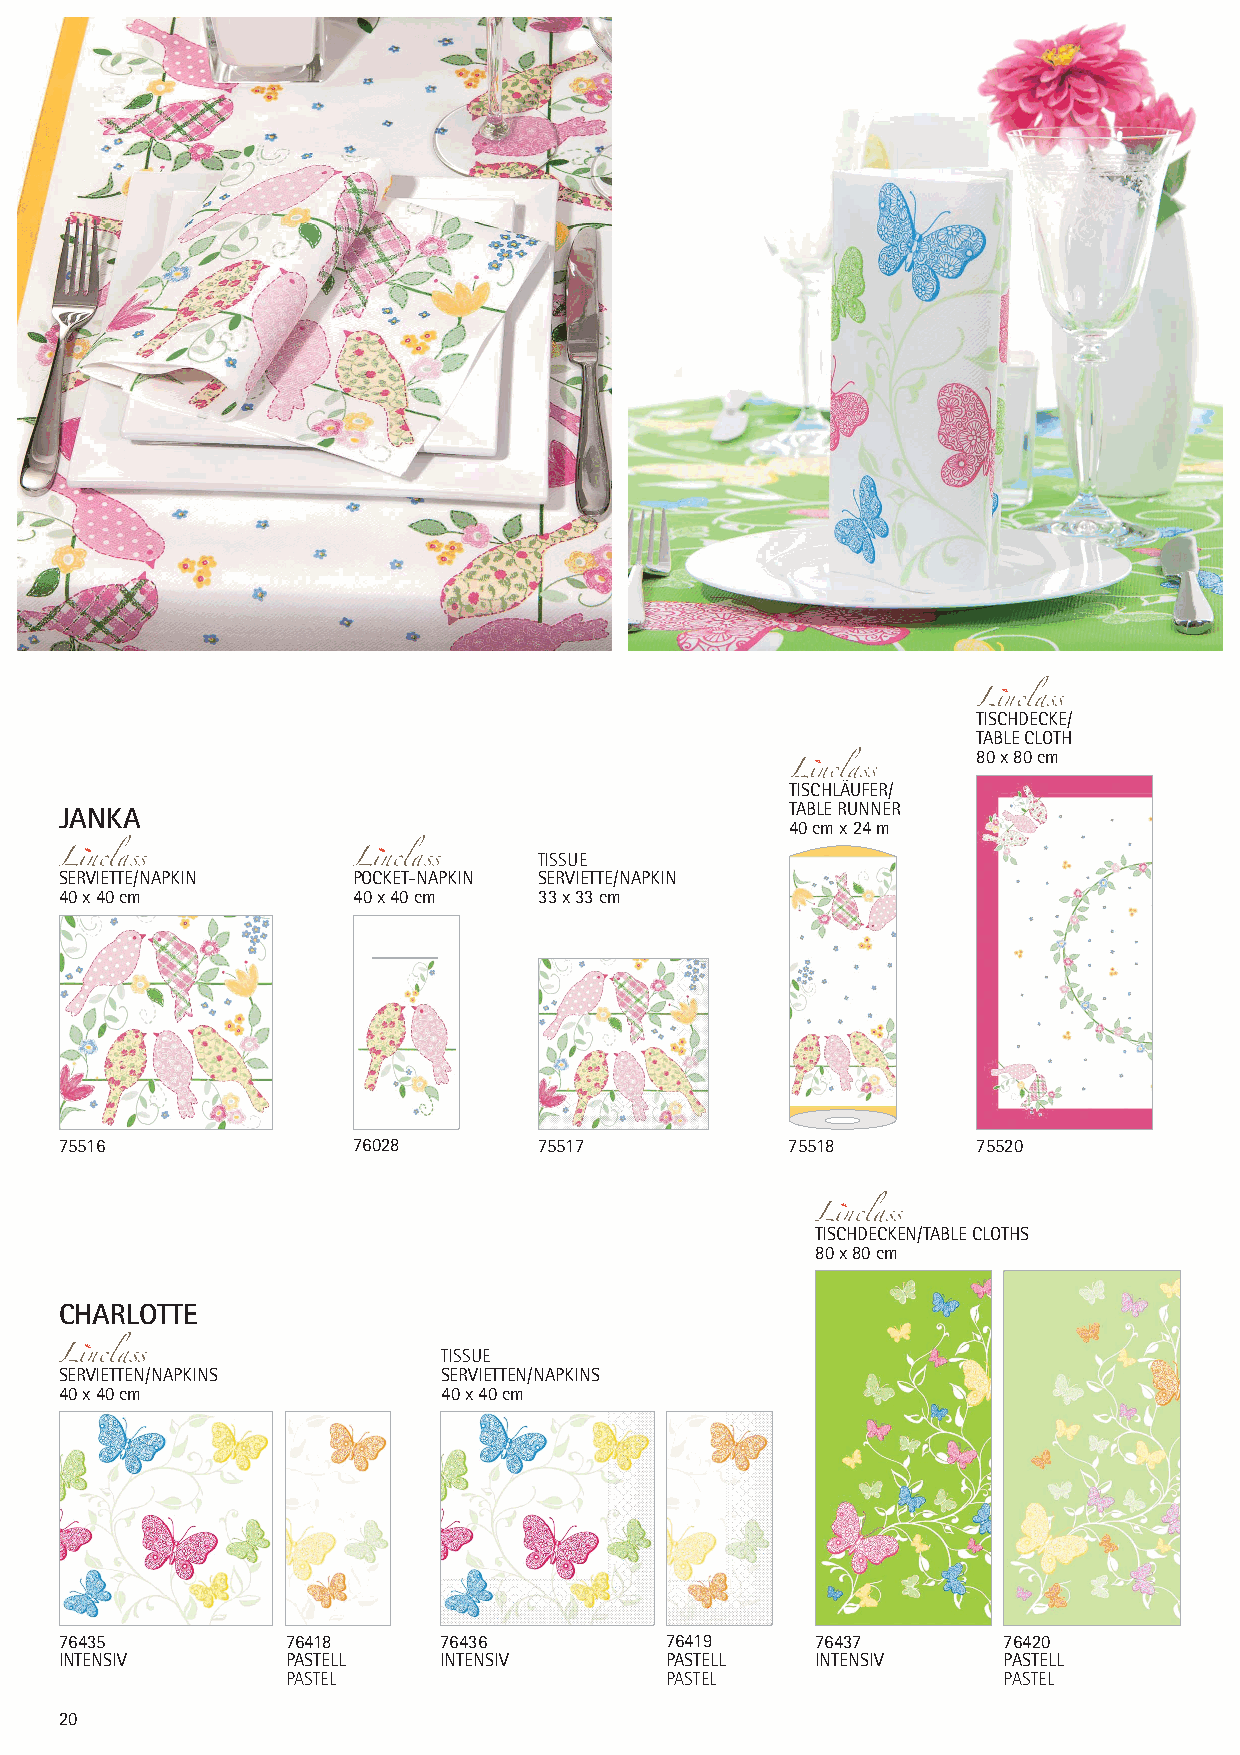
TISCHDECKE/
 TABLE CLOTH
 80 x 80 cm
 TISCHLÄUFER/
 TABLE RUNNER
 JANKA
 40 cm x 24 m
 TISSUE
 SERVIETTE/NAPKIN   POCKET-NAPKIN SERVIETTE/NAPKIN
 40 x 40 cm         40 x 40 cm   33 x 33 cm
 75516              76028        75517           75518        75520
 TISCHDECKEN/TABLE CLOTHS
 80 x 80 cm
 CHARLOTTE
 TISSUE
 SERVIETTEN/NAPKINS       SERVIETTEN/NAPKINS
 40 x 40 cm               40 x 40 cm
 76435          76418     76436          76419     76437       76420
 INTENSIV       PASTELL   INTENSIV       PASTELL   INTENSIV    PASTELL
 PASTEL                   PASTEL                PASTEL
 20